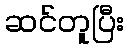
ဆင်တူပြီး